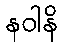
နဝါနိ